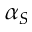
\alpha _ { S }